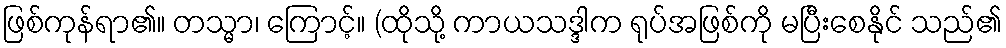
ဖြစ်ကုန်ရာ၏။ တသ္မာ၊ ကြောင့်။ (ထိုသို့ ကာယသဒ္ဒါက ရုပ်အဖြစ်ကို မပြီးစေနိုင် သည်၏